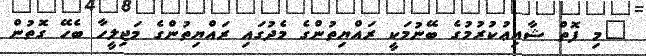
"މި ފޮތް ޝާއިޢުކުރުމުގެ ބޭނުމަކީ ރައްޔިތުންގެ މެދުގައި ރައްޔިތުންގެ މަޖިލީހާ ބެހޭ ގޮތުން